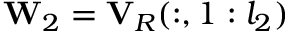
\mathbf { W } _ { 2 } = \mathbf { V } _ { R } ( : , 1 : l _ { 2 } )